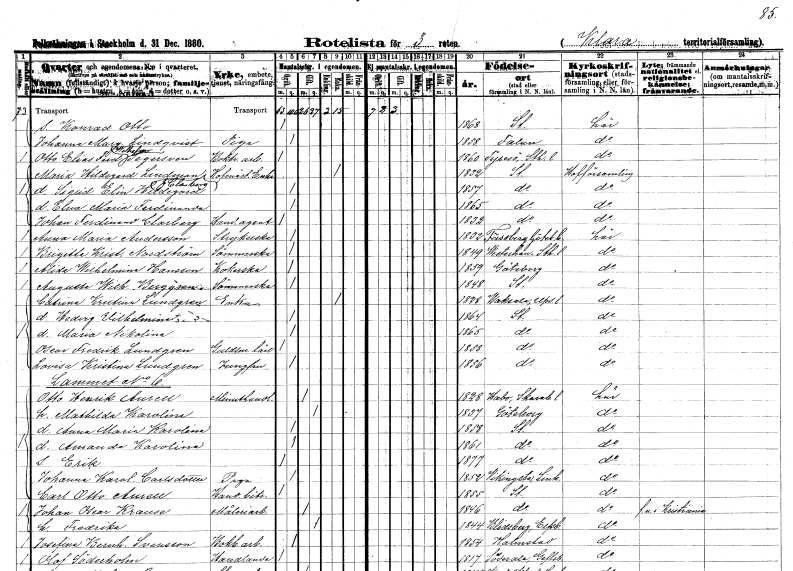
gt_parse: households: individuals: FN: Konrad Otto
KON: M
CIV: O
FODAR: 1868
FODFORS: Stockholm
FN: Johanna Margareta
EN: Lindqvist
YRKE: Piga
KON: K
CIV: O
FODAR: 1858
FODFORS: Falun Kopparbergs län
FN: Otto Elias Fredrik Wilhelm
EN: Segersven
YRKE: Boktryckeriarbetare
KON: M
CIV: O
FODAR: 1860
FODFORS: Tyresö Stockholms län
FN: Maria Hildegard
EN: Lindman Clarberg
YRKE: Hovmästareänka
KON: K
CIV: E
FODAR: 1832
FODFORS: Stockholm
FN: Sigrid Elin Hildegard
KON: K
CIV: O
FODAR: 1857
FODFORS: Stockholm
FN: Elna Maria Ferdinanda
KON: K
CIV: O
FODAR: 1865
FODFORS: Stockholm
FN: Johan Ferdinand
EN: Clarberg
YRKE: Handelsagent
KON: M
CIV: O
FODAR: 1832
FODFORS: Stockholm
FN: Anna Maria
EN: Andersson
YRKE: Strykerska
KON: K
CIV: O
FODAR: 1832
FODFORS: Fässberg Göteborgs- och Bohuslän
FN: Brigitta Kristina
EN: Nordström
YRKE: Sömmerska
KON: K
CIV: O
FODAR: 1849
FODFORS: Västerhaninge Stockholms län
FN: Alida Wilhelmina
EN: Hansson
YRKE: Kokerska
KON: K
CIV: O
FODAR: 1859
FODFORS: Göteborg Göteborgs- och Bohuslän
FN: Augusta Wilhelmina
EN: Berggren
YRKE: Sömmerska
KON: K
CIV: O
FODAR: 1848
FODFORS: Stockholm
FN: Catrina Kristina
EN: Lundgren
YRKE: Änka
KON: K
CIV: E
FODAR: 1828
FODFORS: Vaksala Uppsala län
FN: Hedvig Vilhelmina
KON: K
CIV: O
FODAR: 1864
FODFORS: Stockholm
FN: Maria Nikolina
KON: K
CIV: O
FODAR: 1865
FODFORS: Stockholm
FN: Oscar Fredrik
EN: Lundgren
YRKE: Guldsmedslärling
KON: M
CIV: O
FODAR: 1858
FODFORS: Stockholm
FN: Lovisa Kristina
EN: Lundgren
YRKE: Jungfru
KON: K
CIV: O
FODAR: 1856
FODFORS: Stockholm
FN: Otto Henrik
EN: Aurell
YRKE: Minuthandlare
KON: M
CIV: G
FODAR: 1828
FODFORS: Habo Skaraborgs län
FN: Mathilda Karolina
KON: K
CIV: G
FODAR: 1837
FODFORS: Göteborg Göteborgs- och Bohuslän
FN: Anna Maria Karolina
KON: K
CIV: O
FODAR: 1858
FODFORS: Stockholm
FN: Amanda Karolina
KON: K
CIV: O
FODAR: 1861
FODFORS: Stockholm
FN: Erik
KON: M
CIV: O
FODAR: 1877
FODFORS: Stockholm
FN: Johanna Karolina
EN: Carlsdotter
YRKE: Piga
KON: K
CIV: O
FODAR: 1852
FODFORS: Vikingstad Östergötlands län
FN: Carl Otto
EN: Aurell
YRKE: Handelsbiträde
KON: M
CIV: O
FODAR: 1855
FODFORS: Stockholm
FN: Johan Oscar
EN: Krause
YRKE: Måleriarbetare
KON: M
CIV: G
FODAR: 1846
FODFORS: Stockholm
FN: Fredrika
KON: K
CIV: G
FODAR: 1844
FODFORS: Blidsberg Älvsborgs län
FN: Josefina Bernhardina
EN: Svensson
YRKE: Bokbinderiarbetare
KON: K
CIV: O
FODAR: 1854
FODFORS: Halmstad Hallands län
FN: Olof
EN: Söderholm
YRKE: Handlande
KON: M
CIV: O
FODAR: 1817
FODFORS: Söderala Gävleborgs län